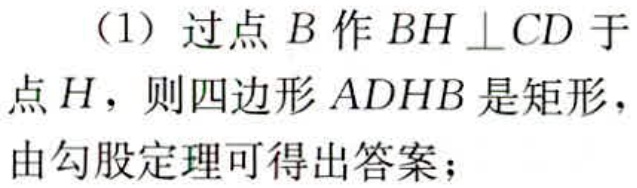
（1）过点\(B\)作\(BH\perp CD\)于点\(H\)，则四边形\(ADHB\)是矩形，由勾股定理可得出答案；